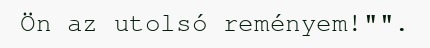
Ön az utolsó reményem!"".